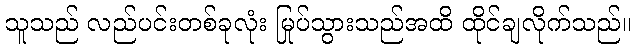
သူသည် လည်ပင်းတစ်ခုလုံး မြုပ်သွားသည်အထိ ထိုင်ချလိုက်သည်။